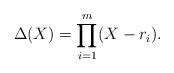
LaTeX: \begin{align*}\Delta(X)= \prod_{i=1}^m (X - r_i).\end{align*}